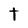
Character: t